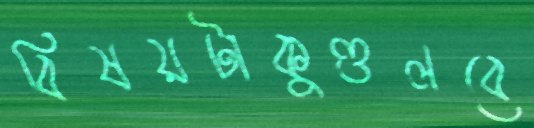
বিষয়টাকুণ্ডলবে